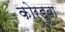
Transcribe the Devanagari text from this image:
कोर्डुबा